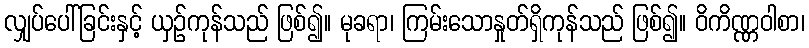
လျှပ်ပေါ်ခြင်းနှင့် ယှဉ်ကုန်သည် ဖြစ်၍။ မုခရာ၊ ကြမ်းသောနှုတ်ရှိကုန်သည် ဖြစ်၍။ ဝိကိဏ္ဏဝါစာ၊